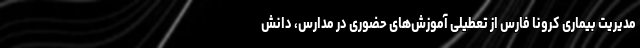
مدیریت بیماری کرونا فارس از تعطیلی آموزش‌های حضوری در مدارس، دانش